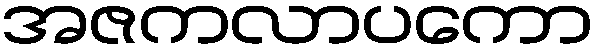
အဇကလာပကော